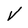
Character: v